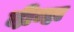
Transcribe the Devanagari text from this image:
दीन्हा